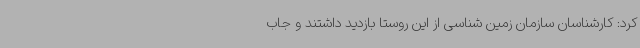
کرد: کارشناسان سازمان زمین شناسی از این روستا بازدید داشتند و جاب